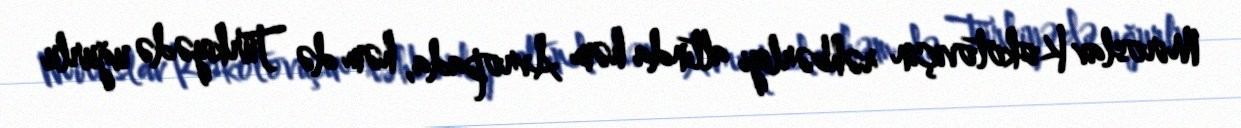
Miroslav Kokotoviçin rəhbərliyi altında həm Avropada, həm də Türkiyədə uğurlu